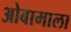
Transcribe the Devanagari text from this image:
ओबामाला